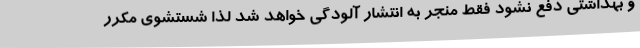
و بهداشتی دفع نشود فقط منجر به انتشار آلودگی خواهد شد لذا شستشوی مکرر